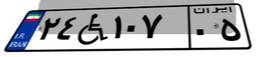
۲۴W۱۰۷۰۵